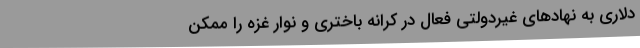
دلاری به نهادهای غیردولتی فعال در کرانه باختری و نوار غزه را ممکن